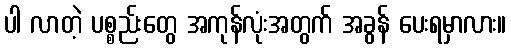
ပါ လာတဲ့ ပစ္စည်းတွေ အကုန်လုံးအတွက် အခွန် ပေးရမှာလား။